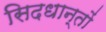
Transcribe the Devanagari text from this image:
सिदधान्‍तों